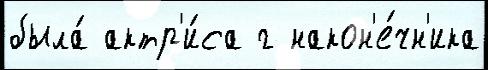
была́ актр'и́са г након'е́чн'ика